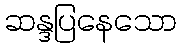
ဆန္ဒပြနေသော